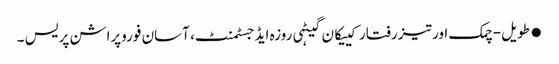
●طویل-چمک اور تیز رفتار کییکان گیٹہی روزہ ایڈجسٹمنٹ، آسان فوروپراشن پریس ۔